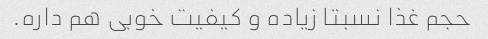
حجم غذا نسبتا زیاده و کیفیت خوبی هم داره.